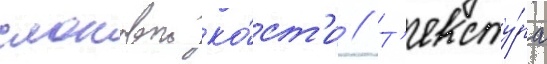
слоновои ко́ст'и // Т'ексту́ра